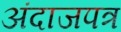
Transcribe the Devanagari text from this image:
अंदाजपत्र